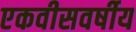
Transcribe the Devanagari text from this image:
एकवीसवर्षीय